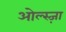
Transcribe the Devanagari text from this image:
ओल्स्ज़ा